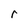
Character: r